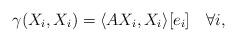
LaTeX: \begin{align*} \gamma(X_i,X_i)=\langle AX_i,X_i\rangle [e_i]\quad\forall i, \end{align*}